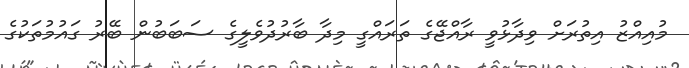
މުއިއްޒު އިތުރަށް ވިދާޅުވީ ރާއްޖޭގެ ތަރައްގީ މިދާ ބާރުދުވެލީގެ ސަބަބުން ބޭރު ގައުމުތަކުގެ